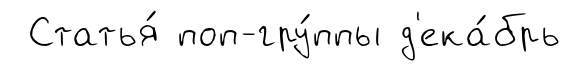
Статья́ поп-гру́ппы д'ека́брь